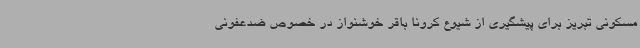
مسکونی تبریز برای پیشگیری از شیوع کرونا باقر خوشنواز در خصوص ضدعفونی